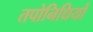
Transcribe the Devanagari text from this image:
तपोनिधियों